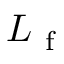
L _ { \mathrm { ~ f ~ } }